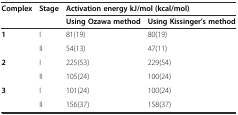
| <ROWSPAN=2> Complex | <ROWSPAN=2> Stage | <COLSPAN=2> Activation energy kJ/mol (kcal/mol) |
 | Using Ozawa method | Using Kissinger’s method |
 | --- | --- | --- | --- |
 | <ROWSPAN=2> 1 | I | 81(19) | 80(19) |
 | II | 54(13) | 47(11) |
 | <ROWSPAN=2> 2 | I | 225(53) | 229(54) |
 | II | 105(24) | 100(24) |
 | <ROWSPAN=2> 3 | I | 101(24) | 100(24) |
 | II | 156(37) | 158(37) |